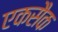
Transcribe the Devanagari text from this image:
एकसैक